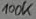
Text: 100K